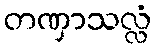
တဏှာသလ္လံ